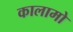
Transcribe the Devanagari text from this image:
कालामो